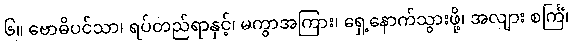
၆။ ဗောဓိပင်သာ၊ ရပ်တည်ရာနှင့်၊ မကွာအကြား၊ ရှေ့နောက်သွားဖို့၊ အလျား စင်္ကြံ၊